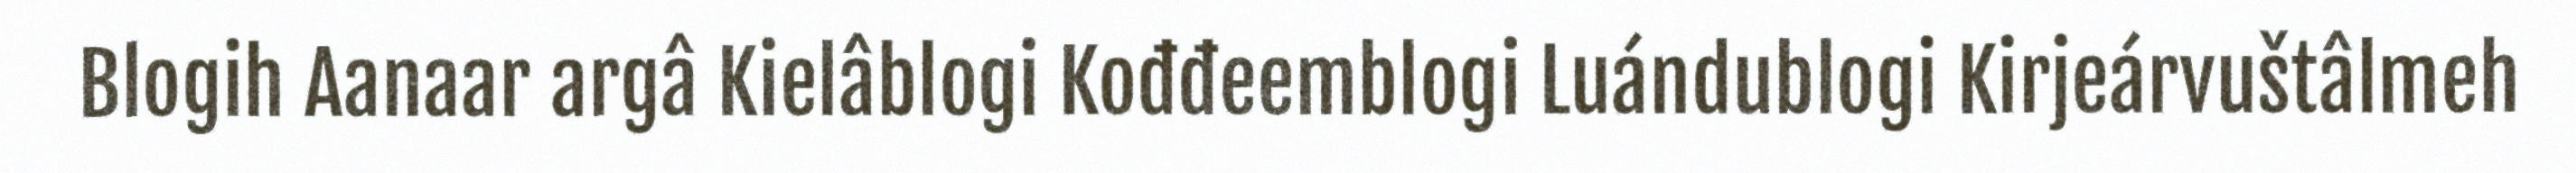
Blogih Aanaar argâ Kielâblogi Kođđeemblogi Luándublogi Kirjeárvuštâlmeh